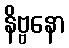
နိဗ္ဗနော